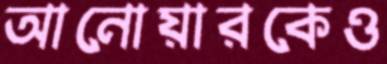
আনোয়ারকেও